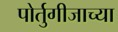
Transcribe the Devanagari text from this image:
पोर्तुगीजाच्या